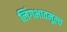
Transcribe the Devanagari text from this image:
लिंगभावमूल्य